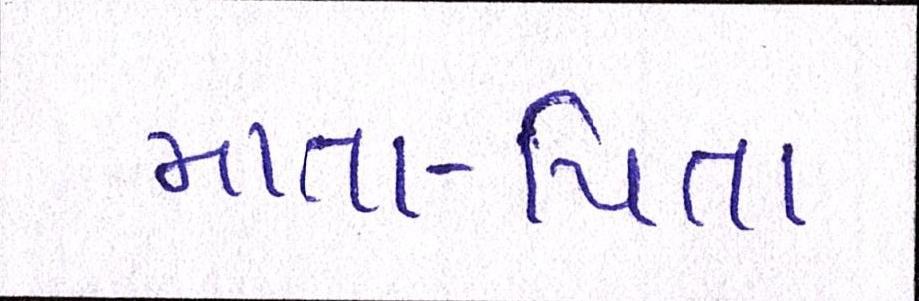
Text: માતા-પિતા